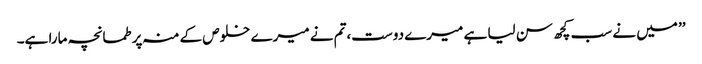
’’ میں نے سب کچھ سن لیا ہے میرے دوست،تم نے میرے خلوص کے منہ پر طمانچہ مارا ہے۔